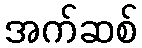
အက်ဆစ်